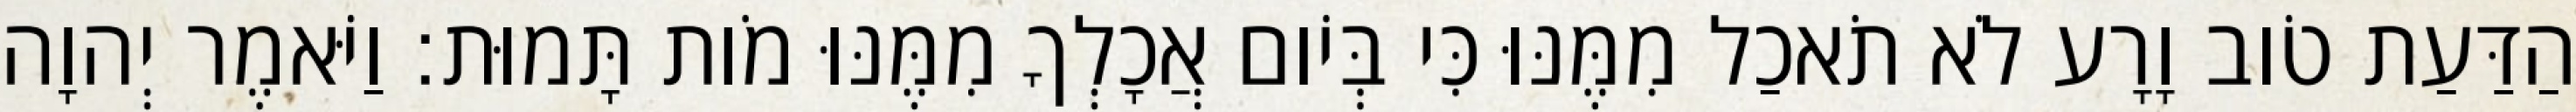
הַדַּעַת טֹוב וָרָע לֹא תֹאכַל מִמֶּנּוּ כִּי בְּיֹום אֲכָלְךָ מִמֶּנּוּ מֹות תָּמוּת׃ וַיֹּאמֶר יְהוָה